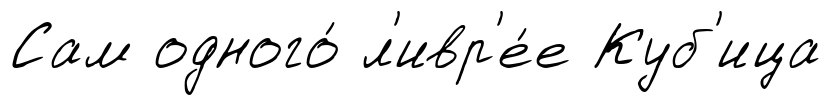
Сам одного́ л'ивр'е́е Куб'ица